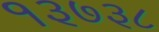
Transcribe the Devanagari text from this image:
१३७३८